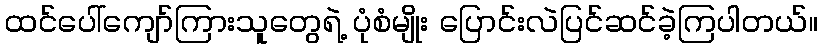
ထင်ပေါ်ကျော်ကြားသူတွေရဲ့ ပုံစံမျိုး ပြောင်းလဲပြင်ဆင်ခဲ့ကြပါတယ်။